Civil Veterinary Department Bengal reports 1933-51 - 1933-1951
Year: 1933
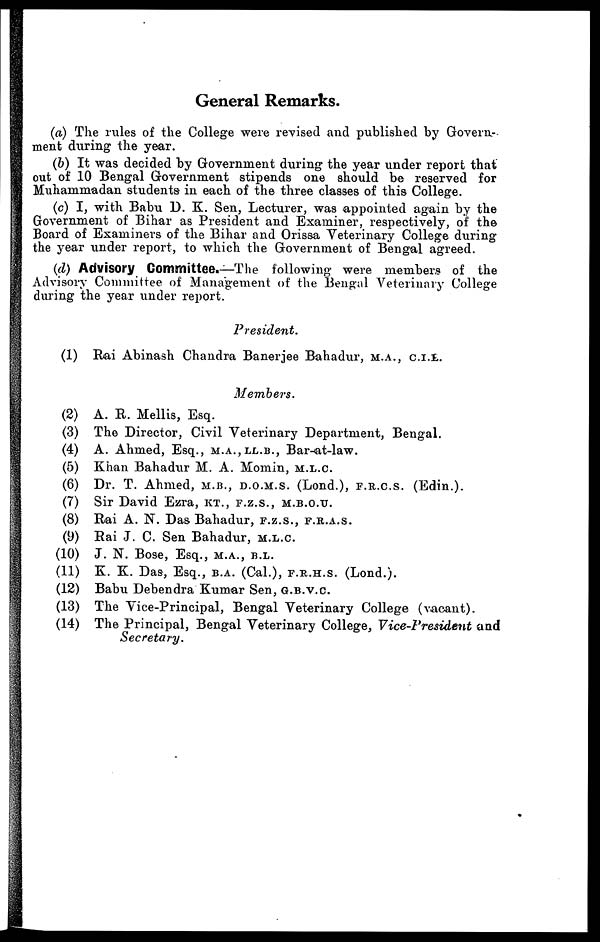
General Remarks.
(a) The rules of the College were revised and published by Govern-
ment during the year.
(6) It was decided by Government during the year under report that
out of 10 Bengal Government stipends one should be reserved for
Muhammadan students in each of the three classes of this College.
(c) I, with Babu D. K. Sen, Lecturer, was appointed again by the
Government of Bihar as President and Examiner, respectively, of the
Board of Examiners of the Bihar and Orissa Veterinary College during
the year under report, to which the Government of Bengal agreed.
(d) Advisory Committee.— The following were members of the
Advisory Committee of Management of the Bengal Veterinary College
during the year under report.
President.
(1) Rai Abinash Chandra Banerjee Bahadur, M.A., C.I.E.
Members.
(2) A. R. Mellis, Esq.
(3) The Director, Civil Veterinary Department, Bengal.
(4) A. Ahmed, Esq., M.A.,LL.B., Bar-at-law.
(5) Khan Bahadur M. A. Momin, M.L.C.
(6) Dr. T. Ahmed, M.B., D.O.M.S. (Lond.), F.R.C.S. (Edin.).
(7) Sir David Ezra, KT., F.Z.S., M.B.O.U.
(8) Rai A. N. Das Bahadur, F.Z.S., F.R.A.S.
(9) Rai J. C. Sen Bahadur, M.L.C.
(10) J. N. Bose, Esq., M.A.,B.L.
(11) K. K. Das, Esq., B.A. (Cal.), F.R.H.S (Lond.).
(12) Babu Debendra Kumar Sen, G.B.V.C
(13) The Vice-Principal, Bengal Veterinary College (vacant).
(14) The Principal, Bengal Veterinary College, Vice-President and
Secretary.